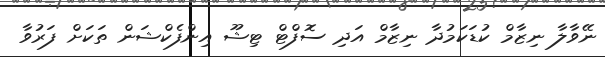
ނޭވާލާ ނިޒާމް ކުޑަކަމުދާ ނިޒާމް އަދި ސޮފްޓް ޓިޝޫ އިންފެކްޝަން ތަކަށް ފަރުވާ